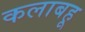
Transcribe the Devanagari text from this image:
कलाबहू